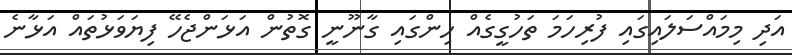
އަދި މިމައްސަލައިގައި ފުރިހަމަ ތަހުގީގެއް ހިންގައި ގާނޫނީ ގޮތުން އަޅަންޖެހޭ ފިޔަވަޅުތައް އަޅާނެ